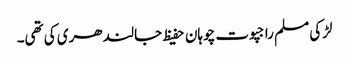
لڑکی مسلم راجپوت چوہان حفیظ جالندھری کی تھی۔